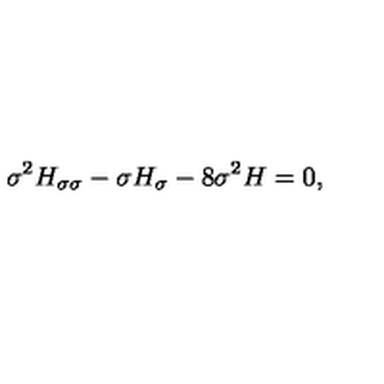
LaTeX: \sigma ^ { 2 } H _ { \sigma \sigma } - \sigma H _ { \sigma } - 8 \sigma ^ { 2 } H = 0 ,